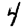
Digit: 4